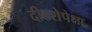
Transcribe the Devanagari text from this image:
दीडशेपेक्षा